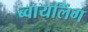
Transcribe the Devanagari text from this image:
ब्वायलिंग